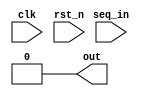
//-----------------------------------
//Description:RTL
//
//Revision: 
//Coryright:
//--------------------------------
module seq #(
     parameter STATE_WIDTH=2
	 )(
       input clk,
	   input rst_n,
	   input seq_in,
	   output reg out
	   );
	   
parameter IDLE = 4'b0000,
          S1 = 4'b0001,
		  S2 = 4'b0010,
		  S3 = 4'b0011,
		  S4 = 4'b0100,
		  S5 = 4'b0101,
		  S6 = 4'b0110,
		  S7 = 4'b0111,
		  S8 = 4'b1000,
		  S9 = 4'b1001;
		  
 reg [STATE_WIDTH-1:0]state,next_state;
 
 always@(posedge clk or negedge rst_n)
       if(!rst_n)
	      state<=IDLE;
	   else 
          state<=next_state;

always@(*)
     case(state)	
         IDLE: if(seq_in)
		         next_state=S1;
			   else
			     next_state=IDLE;
		 S1:   if(seq_in)
                 next_state=S1;
               else
                 next_state=S2;
         S2:   if(seq_in)
                 next_state=S3;
               else
                 next_state=IDLE;
		 S3:   if(seq_in)
                 next_state=S1;
               else
                 next_state=S4;
         S4:   if(seq_in)
                 next_state=S5;
               else
                 next_state=IDLE;
		 S5:   if(seq_in)
                 next_state=S6;
               else
                 next_state=S4;
         S6:   if(seq_in)
                 next_state=S1;
               else
                 next_state=S7;	
		 S7:   if(seq_in)
                 next_state=S8;
               else
                 next_state=IDLE;
         S8:   if(seq_in)
                 next_state=S9;
               else
                 next_state=S4;	
         S9:   if(seq_in)
                 next_state=S1;
               else
                 next_state=S2;	
        default: next_state=IDLE;				 
          				 
	 endcase	 
 
  always@(*)
         if(state==S9)
		    out=1;
		 else
            out=0;		 
        	

endmodule